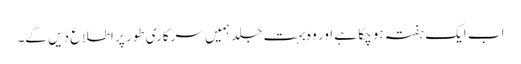
اب ایک ہفتہ ہو چکا ہے اور وہ بہت جلد ہمیں سرکاری طور پر اطلاع دیں گے۔